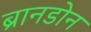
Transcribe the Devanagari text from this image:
ब्रानडोन